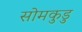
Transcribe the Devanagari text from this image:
सोमकुडु